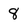
Character: 8